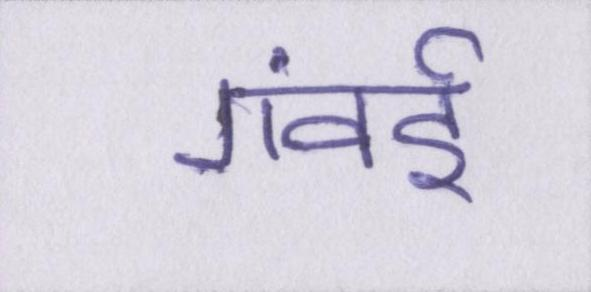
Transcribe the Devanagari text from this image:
गंवई